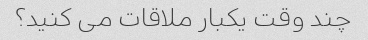
چند وقت یکبار ملاقات می کنید؟